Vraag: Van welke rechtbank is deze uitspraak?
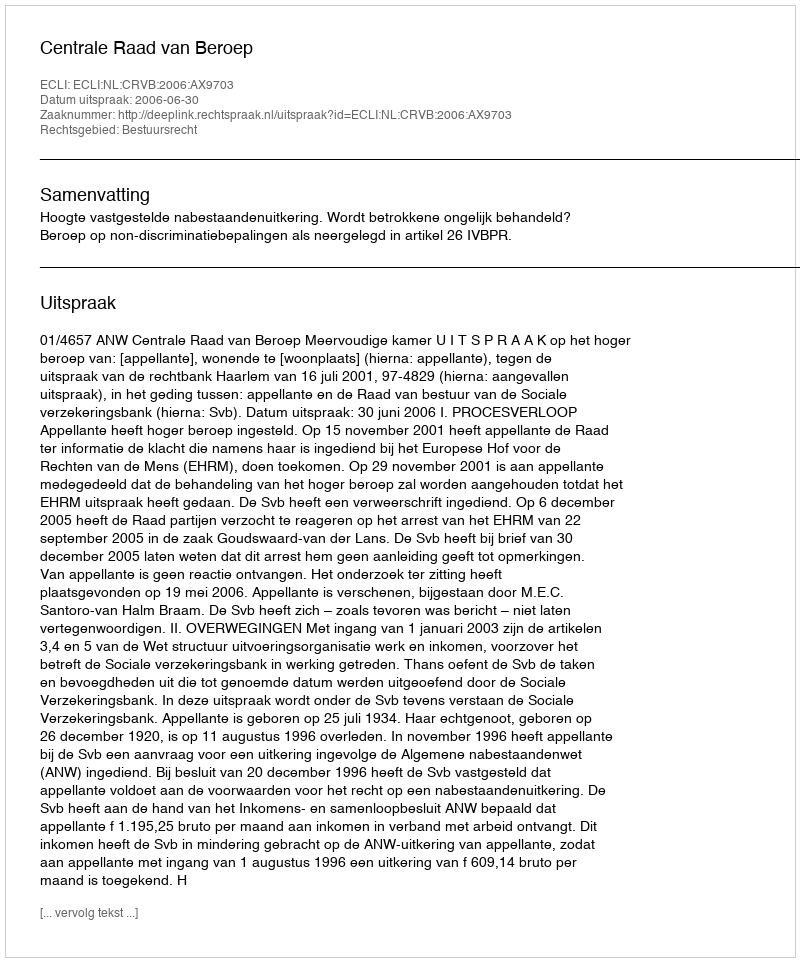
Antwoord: Centrale Raad van Beroep